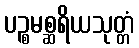
ပဉ္စမစ္ဆရိယသုတ္တံ